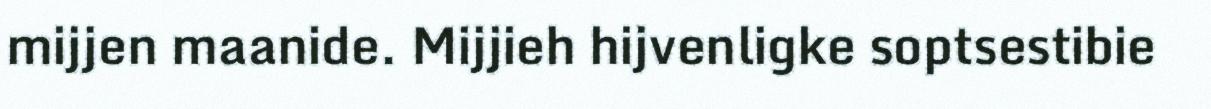
mijjen maanide. Mijjieh hijvenligke soptsestibie